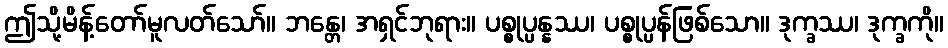
ဤသို့မိန့်တော်မူလတ်သော်။ ဘန္တေ၊ အရှင်ဘုရား။ ပစ္စုပ္ပန္နဿ၊ ပစ္စုပ္ပန်ဖြစ်သော။ ဒုက္ခဿ၊ ဒုက္ခကို။